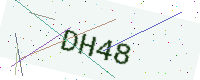
Text: DH48